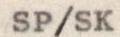
SP/SK